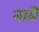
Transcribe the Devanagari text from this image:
नामॆ